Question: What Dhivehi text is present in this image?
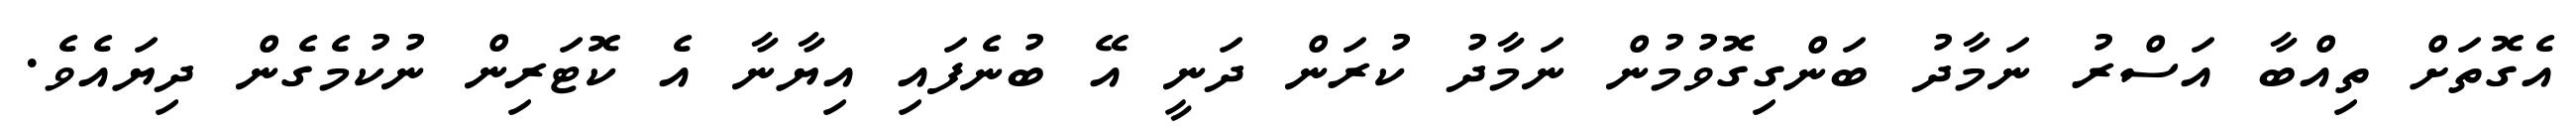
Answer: އެގޮތަށް ތިއްބާ އަސްރު ނަމާދު ބަންގިގޮވުމުން ނަމާދު ކުރަން ދަނީ އޭ ބުނެފައި އިޔާނާ އެ ކޮޓަރިން ނުކުމެގެން ދިޔައެވެ.